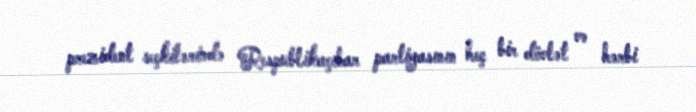
prezident seçkilərində Respublikaçılar partiyasının heç bir dövlət və hərbi